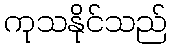
ကုသနိုင်သည်